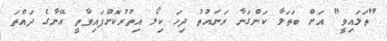
"ތަލައިވީ" އަށް ބަތަލާ ކަންގަނާ ރަނައުތު ދިހަ ކިލޯ އިތުރުކޮށްފައިވާތީ އޭނާގެ ދައްތަ